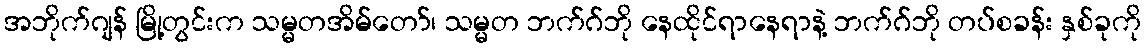
အဘိုက်ဂျန် မြို့တွင်းက သမ္မတအိမ်တော်၊ သမ္မတ ဘက်ဂ်ဘို နေထိုင်ရာနေရာနဲ့ ဘက်ဂ်ဘို တပ်စခန်း နှစ်ခုကို